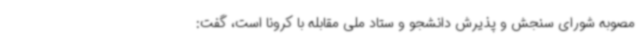
مصوبه شورای سنجش و پذیرش دانشجو و ستاد ملی مقابله با کرونا است، گفت: